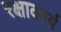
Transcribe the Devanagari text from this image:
रक्षाकार्य